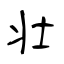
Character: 壮